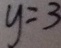
y = 3